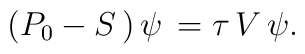
(P_0-S\,)\,\psi\,=\tau\,V\,\psi.